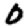
Digit: 0